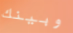
وبينك